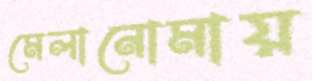
মেলানোমায়